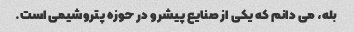
بله، می دانم که یکی از صنایع پیشرو در حوزه پتروشیمی است.